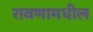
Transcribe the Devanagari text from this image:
रावणामधील